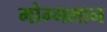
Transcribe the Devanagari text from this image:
मोग्गलान